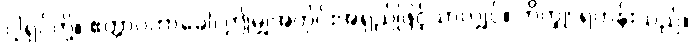
ငါ့ရှင်တို့။ ဧတ္တာဝတာခေါ၊ ဤမျှအတိုင်းအရှည်ဖြင့်သာလျှင်။ ဘိက္ခု၊ ရဟန်းသည်။